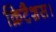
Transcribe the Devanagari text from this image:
क्रिटैशस।